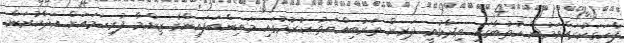
ފާހަގަކުރައްވަމުން ހުތުބާގައި ވިދާޅުވީ ދަރިން ތަރުބިއްޔަތު ކުރުމުގައި މައިންބަފައިންގެ ޒިންމާ ފުރިހަމައަށް އަދާކުރަން